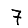
Digit: 7